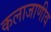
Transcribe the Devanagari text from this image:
कलाजाणीव